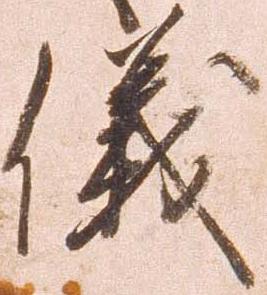
儀